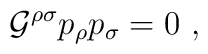
{\cal G}^{\rho\sigma}p_\rho p_\sigma=0\ ,